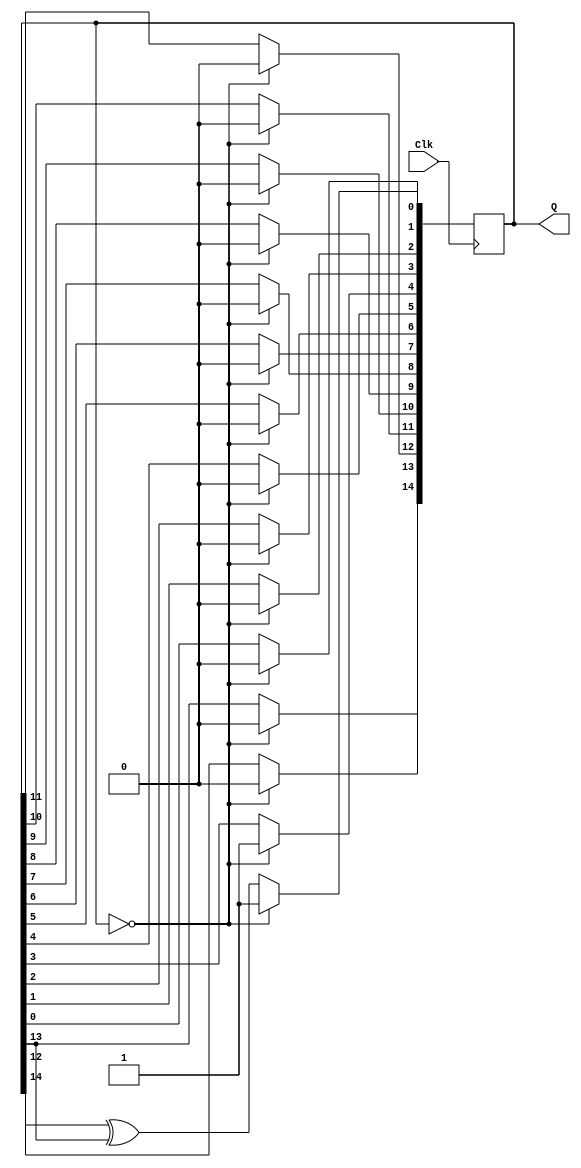
module LSRF (Clk, Q);
	parameter n = 15;
	
	input Clk;
	output reg [n-1:0] Q;
	
	
	parameter start = 17;
	
	integer k;
	
	always @(posedge Clk)
		begin
		if (Q == 0)
			Q <= start;
		else
			begin
				Q[0] <= Q[n-1] ^ Q[n-2];
				
				for (k=0; k < (n-1); k=k+1)
					begin: k_loop
						Q[k+1] <= Q[k];
					end
			end // else
		end // always
endmodule